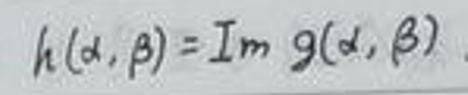
\[ h(\alpha,\beta)=\text{Im }g(\alpha,\beta) \]